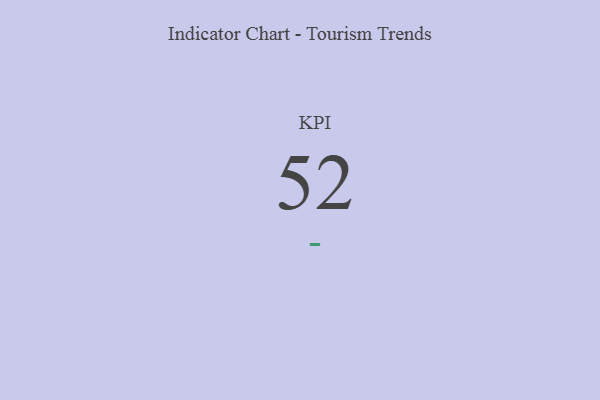
{"axis": {"x": "KPI", "y": "Value"}, "legend": [""], "data": [{"x": "KPI", "y": 52, "type": ""}]}